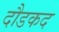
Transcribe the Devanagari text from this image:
दौडकद